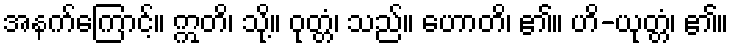
အနက်ကြောင့်။ ဣတိ၊ သို့။ ဝုတ္တံ၊ သည်။ ဟောတိ၊ ၏။ ဟိ-ယုတ္တံ၊ ၏။